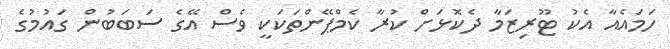
ހަމައެއާ އެކު ޓޫރިޒަމާ ދެކޮޅަށް ކުރާ ކެމްޕޭންތަކަކީ ވެސް އޭގެ ސަބަބުން ގައުމުގެ